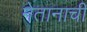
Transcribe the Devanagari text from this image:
नेतानाची